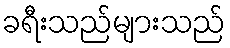
ခရီးသည်များသည်